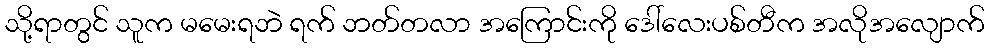
သို့ရာတွင် သူက မမေးရဘဲ ရက် ဘတ်တလာ အကြောင်းကို ဒေါ်လေးပစ်တီက အလိုအလျောက်